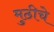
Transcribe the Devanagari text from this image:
मुठीचे